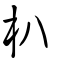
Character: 朳